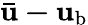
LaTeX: \mathbf{\bar{u}-u_{\mathrm{b}}}